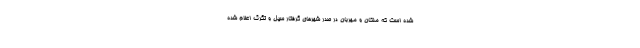
شده است که ملکان و مهربان در صدر شهرهای گرفتار سیل و تگرگ اعلام شده